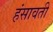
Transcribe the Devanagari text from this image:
हंसावती